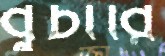
বুচারি